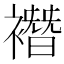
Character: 𧝆